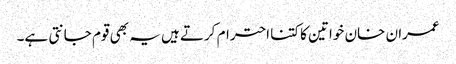
عمران خان خواتین کا کتنا احترام کرتے ہیں یہ بھی قوم جانتی ہے۔